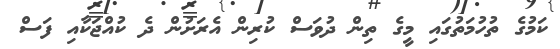
ކަމުގެ ތުހުމަތުގައި މީގެ ތިން ދުވަސް ކުރިން އެރަށުން ދެ ކުއްޖަކާއި ފަސް